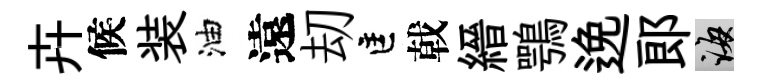
卉候装油遠刧匡戟縉鶚𨓜郞誨